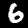
Label: 6